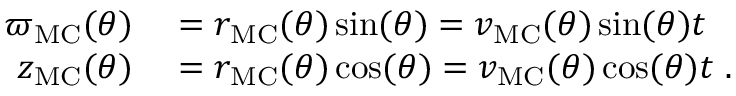
\begin{array} { r l } { \varpi _ { \mathrm { M C } } ( \theta ) } & { { } = r _ { \mathrm { M C } } ( \theta ) \sin ( \theta ) = v _ { \mathrm { M C } } ( \theta ) \sin ( \theta ) t } \\ { z _ { \mathrm { M C } } ( \theta ) } & { { } = r _ { \mathrm { M C } } ( \theta ) \cos ( \theta ) = v _ { \mathrm { M C } } ( \theta ) \cos ( \theta ) t \ . } \end{array}